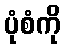
ပုံစံကို